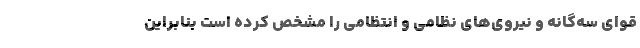
قوای سه‌گانه و نیروی‌های نظامی و انتظامی را مشخص کرده است بنابراین